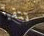
تتقيأ